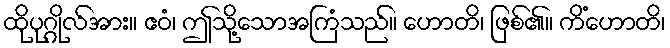
ထိုပုဂ္ဂိုလ်အား။ ဧဝံ၊ ဤသို့သောအကြံသည်။ ဟောတိ၊ ဖြစ်၏။ ကိံဟောတိ၊